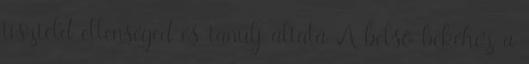
tiszteld ellenséged és tanulj általa A belső békéhez a